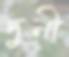
দুনী